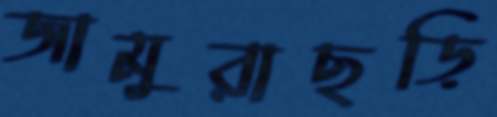
জামুরাছড়ি